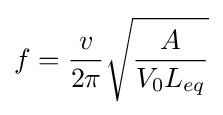
f={\frac {v}{2\pi }}{\sqrt {\frac {A}{V_{0}L_{eq}}}}